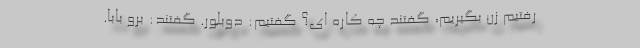
رفتيم زن بگيريم، گفتند چه كاره اى؟ گفتيم: دوبلور. گفتند: برو بابا.